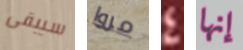
سيبقى مروا 4 إنها